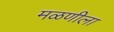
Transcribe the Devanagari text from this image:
मळणीला